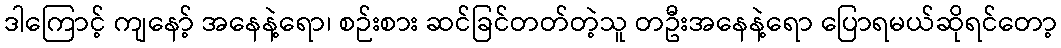
ဒါကြောင့် ကျနော့် အနေနဲ့ရော၊ စဉ်းစား ဆင်ခြင်တတ်တဲ့သူ တဦးအနေနဲ့ရော ပြောရမယ်ဆိုရင်တော့